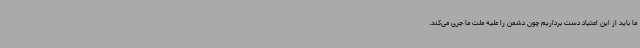
ما باید از این اعتیاد دست برداریم چون دشمن را علیه ملت ما جری می‌کند.